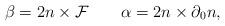
LaTeX: \begin{align*}\beta =2 n\times {\cal F}\qquad \alpha =2n\times\partial_0 n,\end{align*}